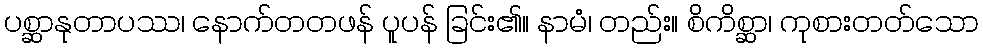
ပစ္ဆာနုတာပဿ၊ နောက်တတဖန် ပူပန် ခြင်း၏။ နာမံ၊ တည်း။ စိကိစ္ဆာ၊ ကုစားတတ်သော